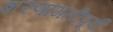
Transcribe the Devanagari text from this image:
शरणागतीपूर्वी